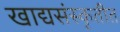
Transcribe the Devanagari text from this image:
खाद्यसंस्कृतीत